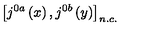
\left[ j ^ { 0 a } \left( x \right) , j ^ { 0 b } \left( y \right) \right] _ { n . c . }